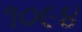
૧૦૯૪